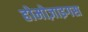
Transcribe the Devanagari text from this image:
होमोज़ाइगस